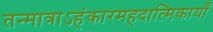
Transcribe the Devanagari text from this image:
तन्मात्राऽहंकारमहदात्मिकायाँ